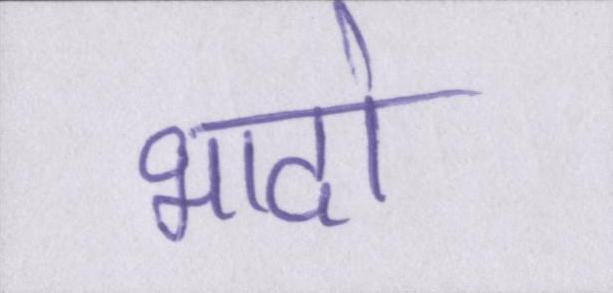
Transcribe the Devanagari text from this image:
भादो